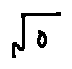
\sqrt { o }